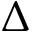
\Delta